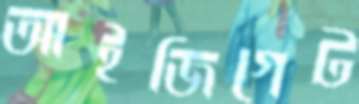
আইজিগেট